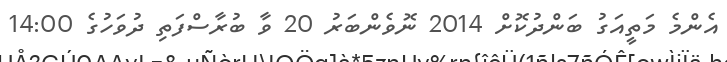
އެންމެ މަތީއަގު ބަންދުކޮށް 2014 ނޮވެންބަރު 20 ވާ ބުރާސްފަތި ދުވަހުގެ 14:00